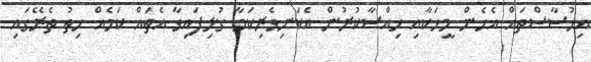
އިހުސާސްތައް އެހެން މީހަކާއި ހިއްސާކުރުން އެކަނިވެރިކަމާ ގުޅިފައިވާ އެތައް ކަމެއް ހިތު ތެރޭގައި